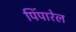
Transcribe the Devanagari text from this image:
पिंपारेल